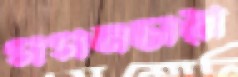
গগনচারী